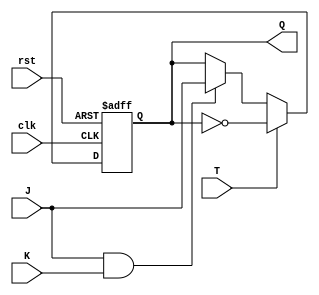
module t_flip_flop_with_jk_inputs(
    input T, J, K, clk, rst,
    output reg Q
);

always @(posedge clk or posedge rst) begin
    if (rst) begin
        Q <= 1'b0;
    end else begin
        if (T) begin
            Q <= ~Q;
        end else begin
            if (J & K) begin
                Q <= J;
            end
        end
    end
end

endmodule